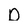
Character: D